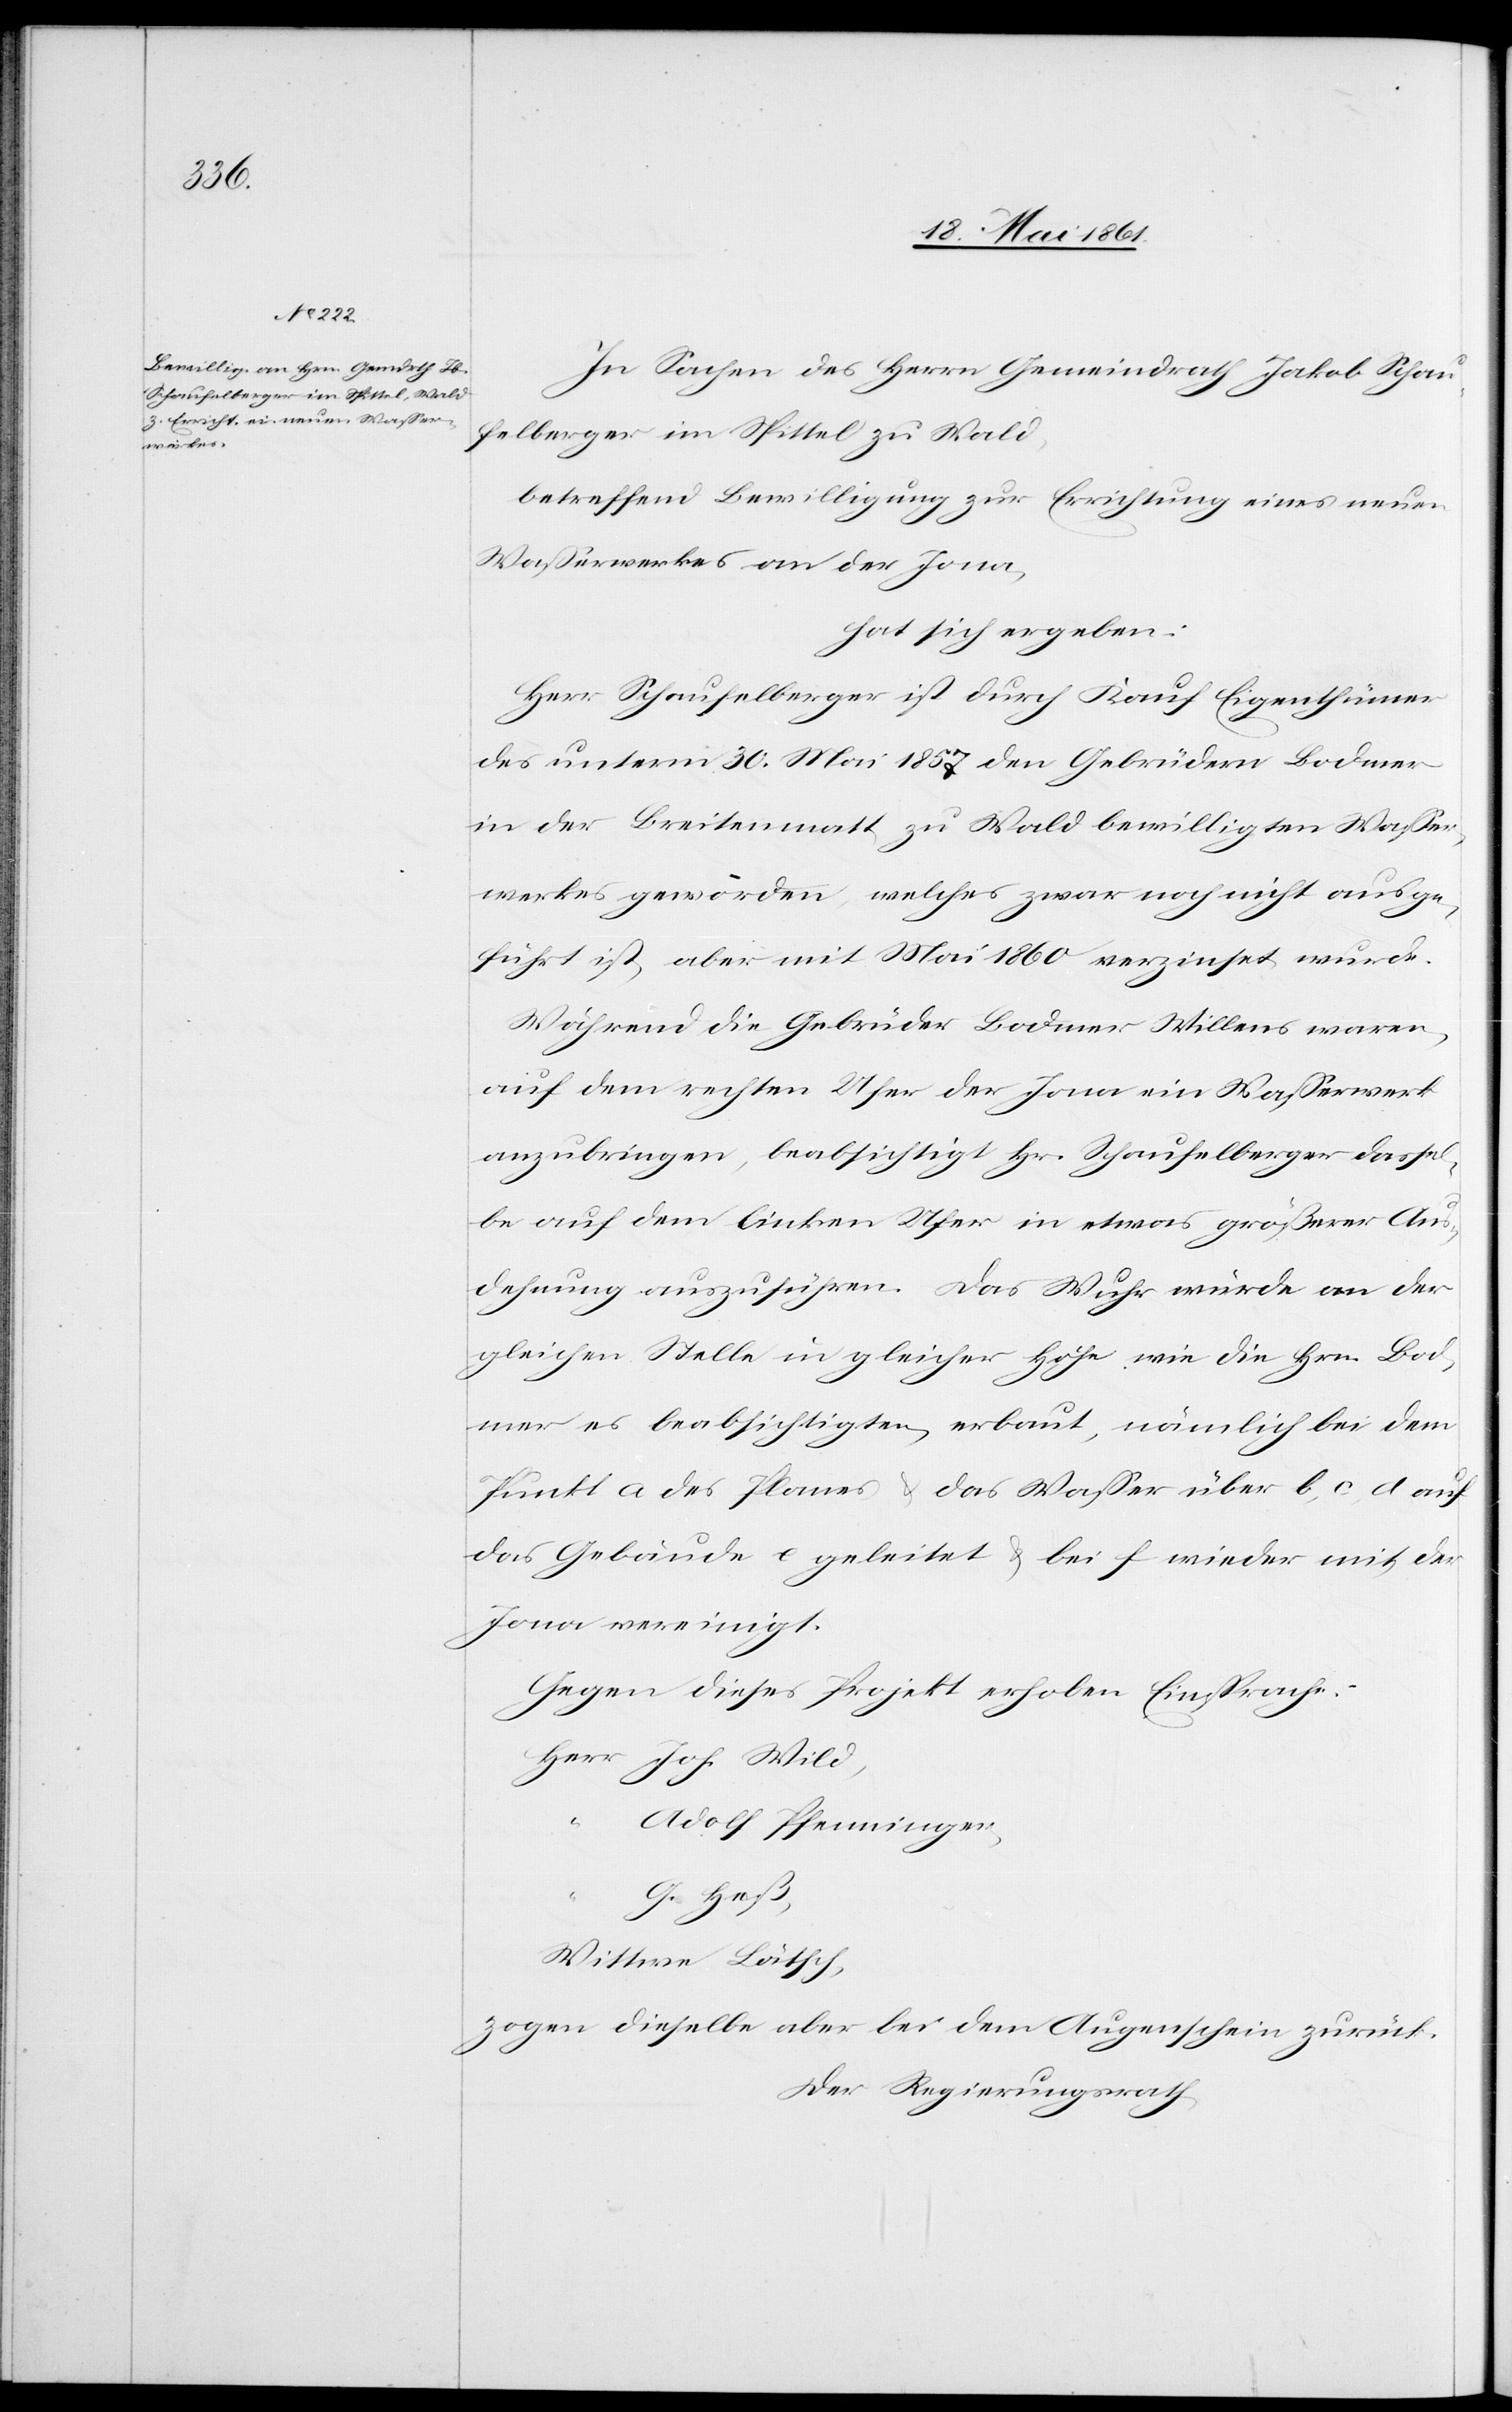
In Sachen des Herrn Gemeindrath Jakob Schau¬
felberger im Spittel zu Wald,
betreffend Bewilligung zur Errichtung eines neuen
Wasserwerkes an der Jona,
hat sich ergeben:
Herr Schaufelberger ist durch Kauf Eigenthümer
des unterm 30. Mai 1857 den Gebrüdern Bodmer
in der Breitenmatt zu Wald bewilligten Wasser¬
werkes geworden, welches zwar noch nicht ausge¬
führt ist, aber mit Mai 1860 verzinset wurde.
Während die Gebrüder Bodmer Willens waren,
auf dem rechten Ufer der Jona ein Wasserwerk
anzubringen, beabsichtigt Hr. Schaufelberger dassel¬
be auf dem linken Ufer in etwas größerer Aus¬
dehnung auszuführen. Das Wuhr würde an der
gleichen Stelle in gleicher Höhe wie die Hrn. Bod¬
mer es beabsichtigten, erbaut, nämlich bei dem
Punkt a des Planes u. das Wasser über b, c, d auf
das Gebäude e geleitet u. bei f wieder mit der
Jona vereinigt.
Gegen dieses Projekt erhoben Einsprache:
Adolf Pfenninger,
G. Heß,
zogen dieselbe aber bei dem Augenschein zurück.
Der Regierungsrath